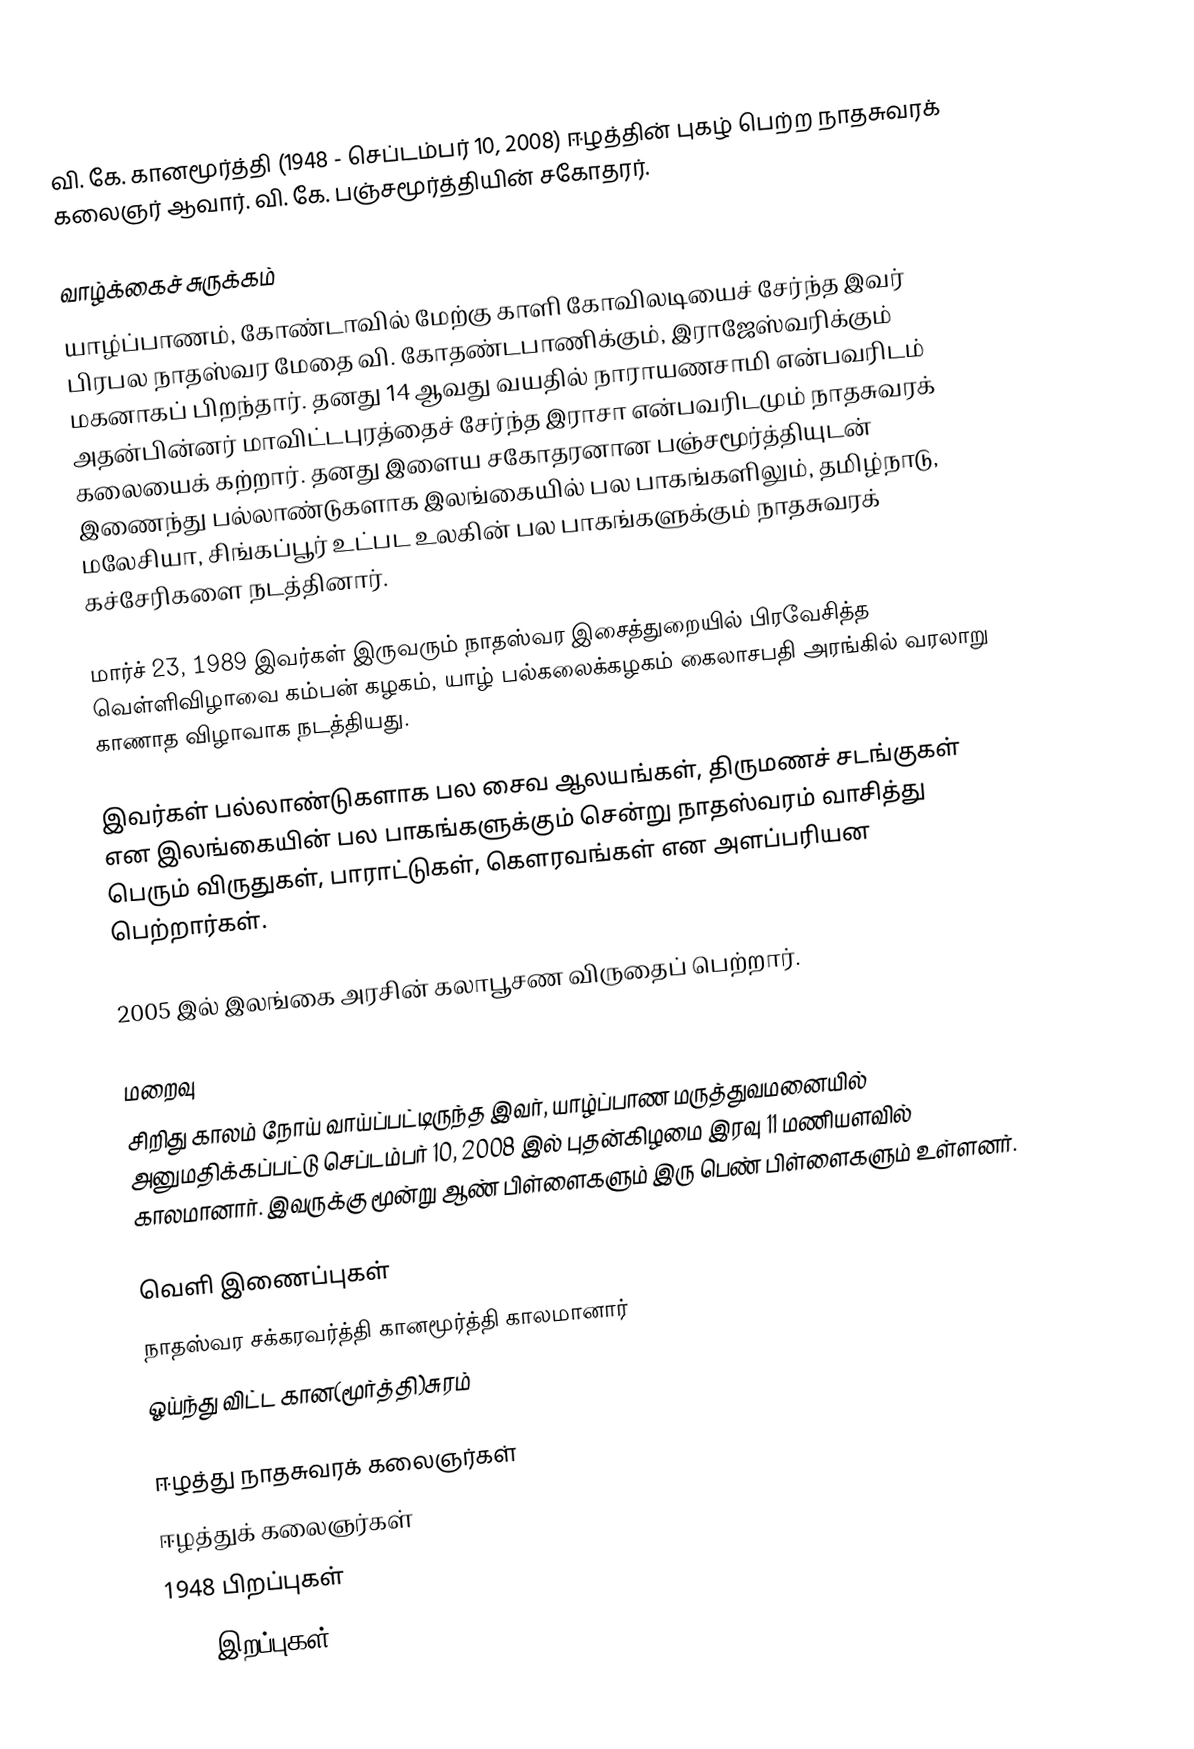
வி. கே. கானமூர்த்தி (1948 - செப்டம்பர் 10, 2008) ஈழத்தின் புகழ் பெற்ற நாதசுவரக் கலைஞர் ஆவார். வி. கே. பஞ்சமூர்த்தியின் சகோதரர்.

வாழ்க்கைச் சுருக்கம்
யாழ்ப்பாணம், கோண்டாவில் மேற்கு காளி கோவிலடியைச் சேர்ந்த இவர் பிரபல நாதஸ்வர மேதை வி. கோதண்டபாணிக்கும், இராஜேஸ்வரிக்கும் மகனாகப் பிறந்தார். தனது 14 ஆவது வயதில் நாராயணசாமி என்பவரிடம் அதன்பின்னர் மாவிட்டபுரத்தைச் சேர்ந்த இராசா என்பவரிடமும் நாதசுவரக் கலையைக் கற்றார். தனது இளைய சகோதரனான பஞ்சமூர்த்தியுடன் இணைந்து பல்லாண்டுகளாக இலங்கையில் பல பாகங்களிலும், தமிழ்நாடு, மலேசியா, சிங்கப்பூர் உட்பட உலகின் பல பாகங்களுக்கும் நாதசுவரக் கச்சேரிகளை நடத்தினார்.

மார்ச் 23, 1989 இவர்கள் இருவரும் நாதஸ்வர இசைத்துறையில் பிரவேசித்த வெள்ளிவிழாவை கம்பன் கழகம், யாழ் பல்கலைக்கழகம் கைலாசபதி அரங்கில் வரலாறு காணாத விழாவாக நடத்தியது.

இவர்கள் பல்லாண்டுகளாக பல சைவ ஆலயங்கள், திருமணச் சடங்குகள் என இலங்கையின் பல பாகங்களுக்கும் சென்று நாதஸ்வரம் வாசித்து பெரும் விருதுகள், பாராட்டுகள், கௌரவங்கள் என அளப்பரியன பெற்றார்கள்.

2005 இல் இலங்கை அரசின் கலாபூசண விருதைப் பெற்றார்.

மறைவு
சிறிது காலம் நோய் வாய்ப்பட்டிருந்த இவர், யாழ்ப்பாண மருத்துவமனையில் அனுமதிக்கப்பட்டு செப்டம்பர் 10, 2008 இல் புதன்கிழமை இரவு 11 மணியளவில் காலமானார். இவருக்கு மூன்று ஆண் பிள்ளைகளும் இரு பெண் பிள்ளைகளும் உள்ளனர்.

வெளி இணைப்புகள்
 நாதஸ்வர சக்கரவர்த்தி கானமூர்த்தி காலமானார்
 ஓய்ந்து விட்ட கான(மூர்த்தி)சுரம்

ஈழத்து நாதசுவரக் கலைஞர்கள்
ஈழத்துக் கலைஞர்கள்
1948 பிறப்புகள்
2008 இறப்புகள்